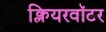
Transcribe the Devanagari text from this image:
क्लियरवॉटर